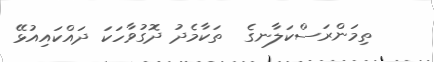
ތިމަންރަސްކަލާނގެ  ތަކާމެދު ދޮގުވާހަކަ ދައްކައިއުޅޭ